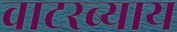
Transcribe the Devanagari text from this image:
वाटरब्याय